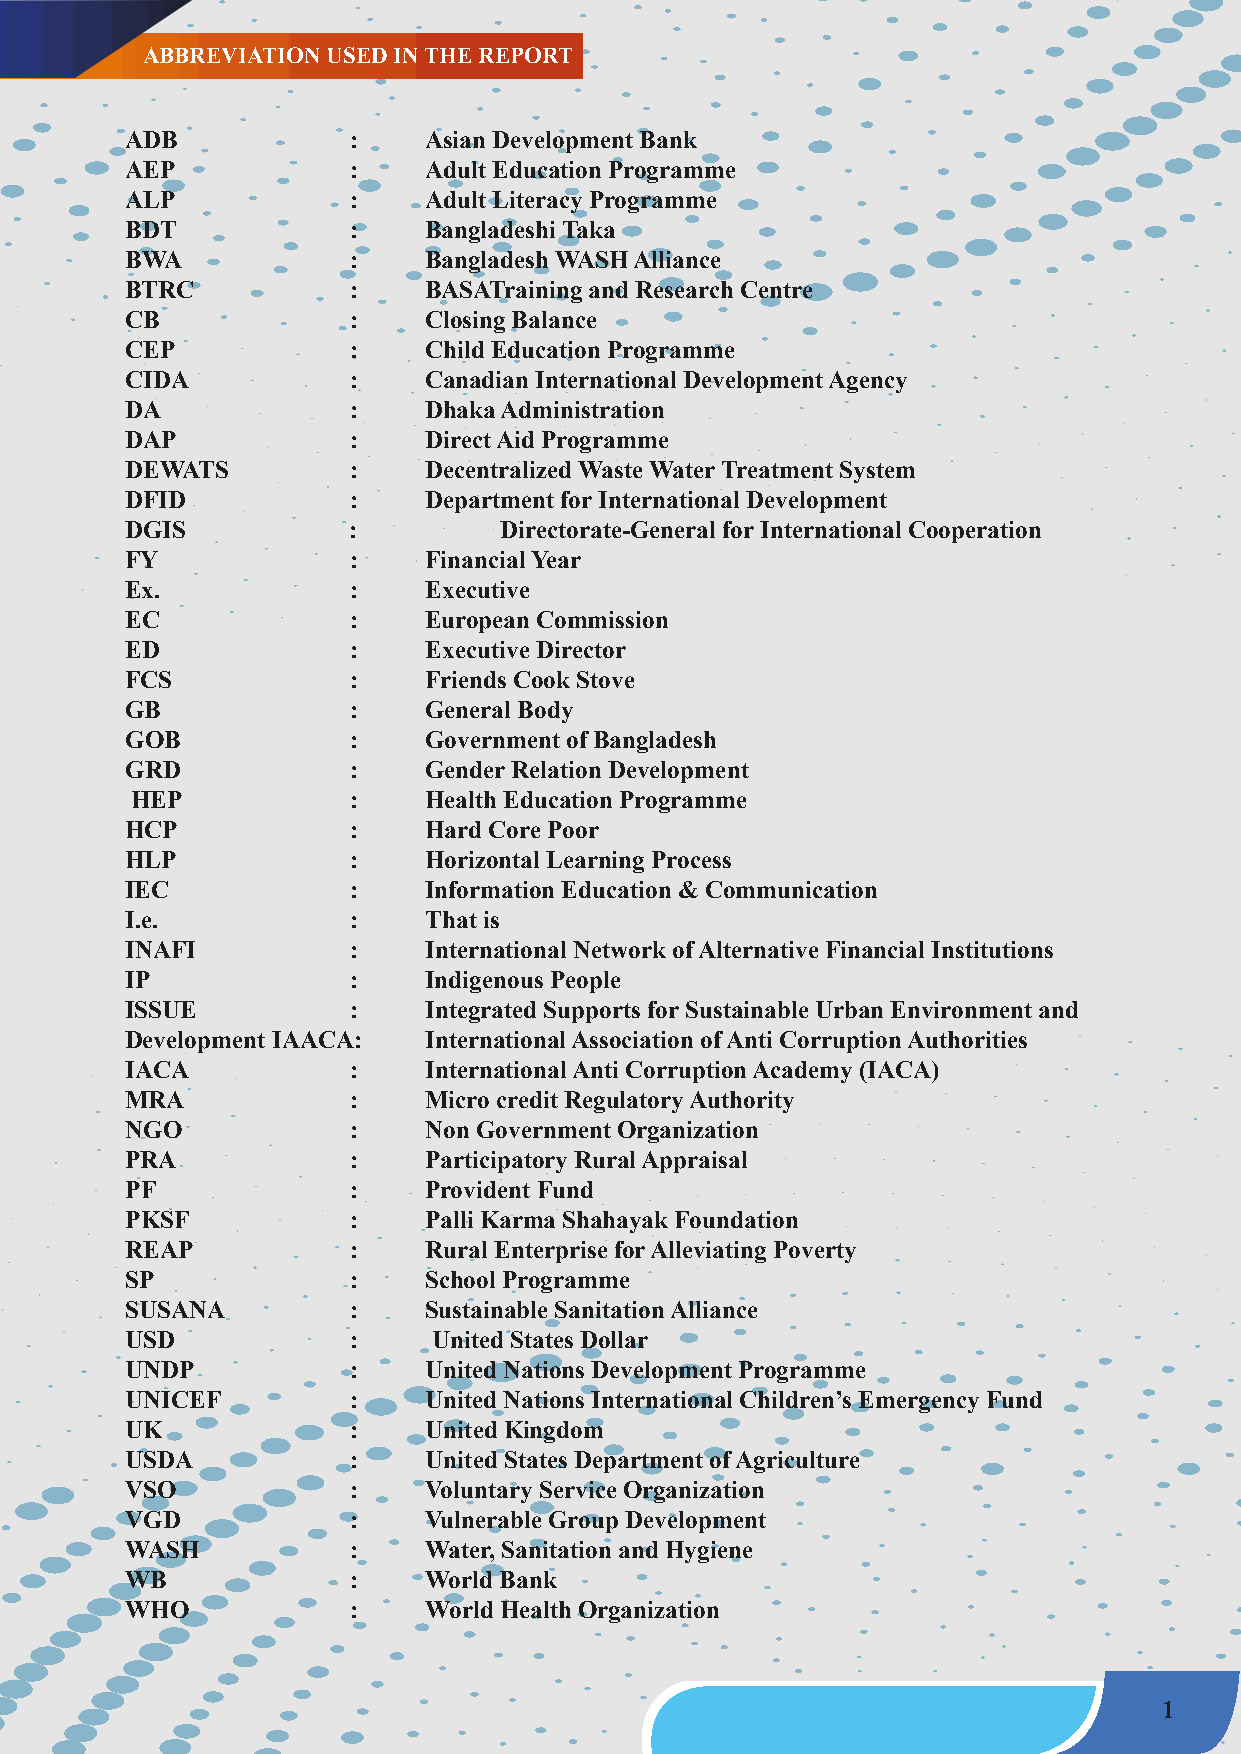
ABBREVIATION USED IN THE REPORT
 ADB            :    Asian Development Bank
 AEP            :    Adult Education Programme
 ALP            :    Adult Literacy Programme
 BDT            :    Bangladeshi Taka
 BWA            :    Bangladesh WASH Alliance
 BTRC           :    BASATraining and Research Centre
 CB             :    Closing Balance
 CEP            :    Child Education Programme
 CIDA           :    Canadian International Development Agency
 DA             :    Dhaka Administration
 DAP            :    Direct Aid Programme
 DEWATS         :    Decentralized Waste Water Treatment System
 DFID           :    Department for International Development
 DGIS           :         Directorate-General for International Cooperation
 FY             :    Financial Year
 Ex.            :    Executive
 EC             :    European Commission
 ED             :    Executive Director
 FCS            :    Friends Cook Stove
 GB             :    General Body
 GOB            :    Government of Bangladesh
 GRD            :    Gender Relation Development
 HEP           :    Health Education Programme
 HCP            :    Hard Core Poor
 HLP            :    Horizontal Learning Process
 IEC            :    Information Education & Communication
 I.e.           :    That is
 INAFI          :    International Network of Alternative Financial Institutions
 IP             :    Indigenous People
 ISSUE          :    Integrated Supports for Sustainable Urban Environment and
 Development IAACA:  International Association of Anti Corruption Authorities
 IACA           :    International Anti Corruption Academy (IACA)
 MRA            :    Micro credit Regulatory Authority
 NGO            :    Non Government Organization
 PRA            :    Participatory Rural Appraisal
 PF             :    Provident Fund
 PKSF           :    Palli Karma Shahayak Foundation
 REAP           :    Rural Enterprise for Alleviating Poverty
 SP             :    School Programme
 SUSANA         :    Sustainable Sanitation Alliance
 USD            :     United States Dollar
 UNDP           :    United Nations Development Programme
 UNICEF         :    United Nations International Children’s Emergency Fund
 UK             :    United Kingdom
 USDA           :    United States Department of Agriculture
 VSO            :    Voluntary Service Organization
 VGD            :    Vulnerable Group Development
 WASH           :    Water, Sanitation and Hygiene
 WB             :    World Bank
 WHO            :    World Health Organization
 1